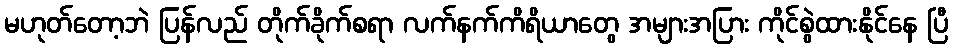
မဟုတ်တော့ဘဲ ပြန်လည် တိုက်ခိုက်စရာ လက်နက်ကိရိယာတွေ အများအပြား ကိုင်စွဲထားနိုင်နေ ပြီ